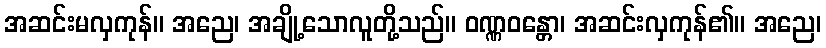
အဆင်းမလှကုန်။ အညေ၊ အချို့သောလူတို့သည်။ ဝဏ္ဏဝန္တော၊ အဆင်းလှကုန်၏။ အညေ၊